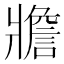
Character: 𤖝